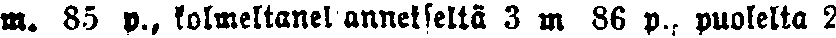
m. 85 p., kolmeltaneljänneltä 3 m. 86 p. puolelta 2